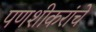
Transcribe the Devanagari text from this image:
पणशीकरांचे